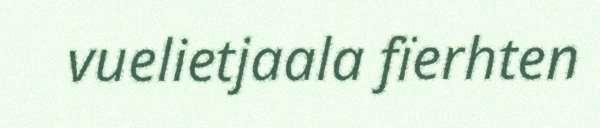
vuelietjaala fïerhten